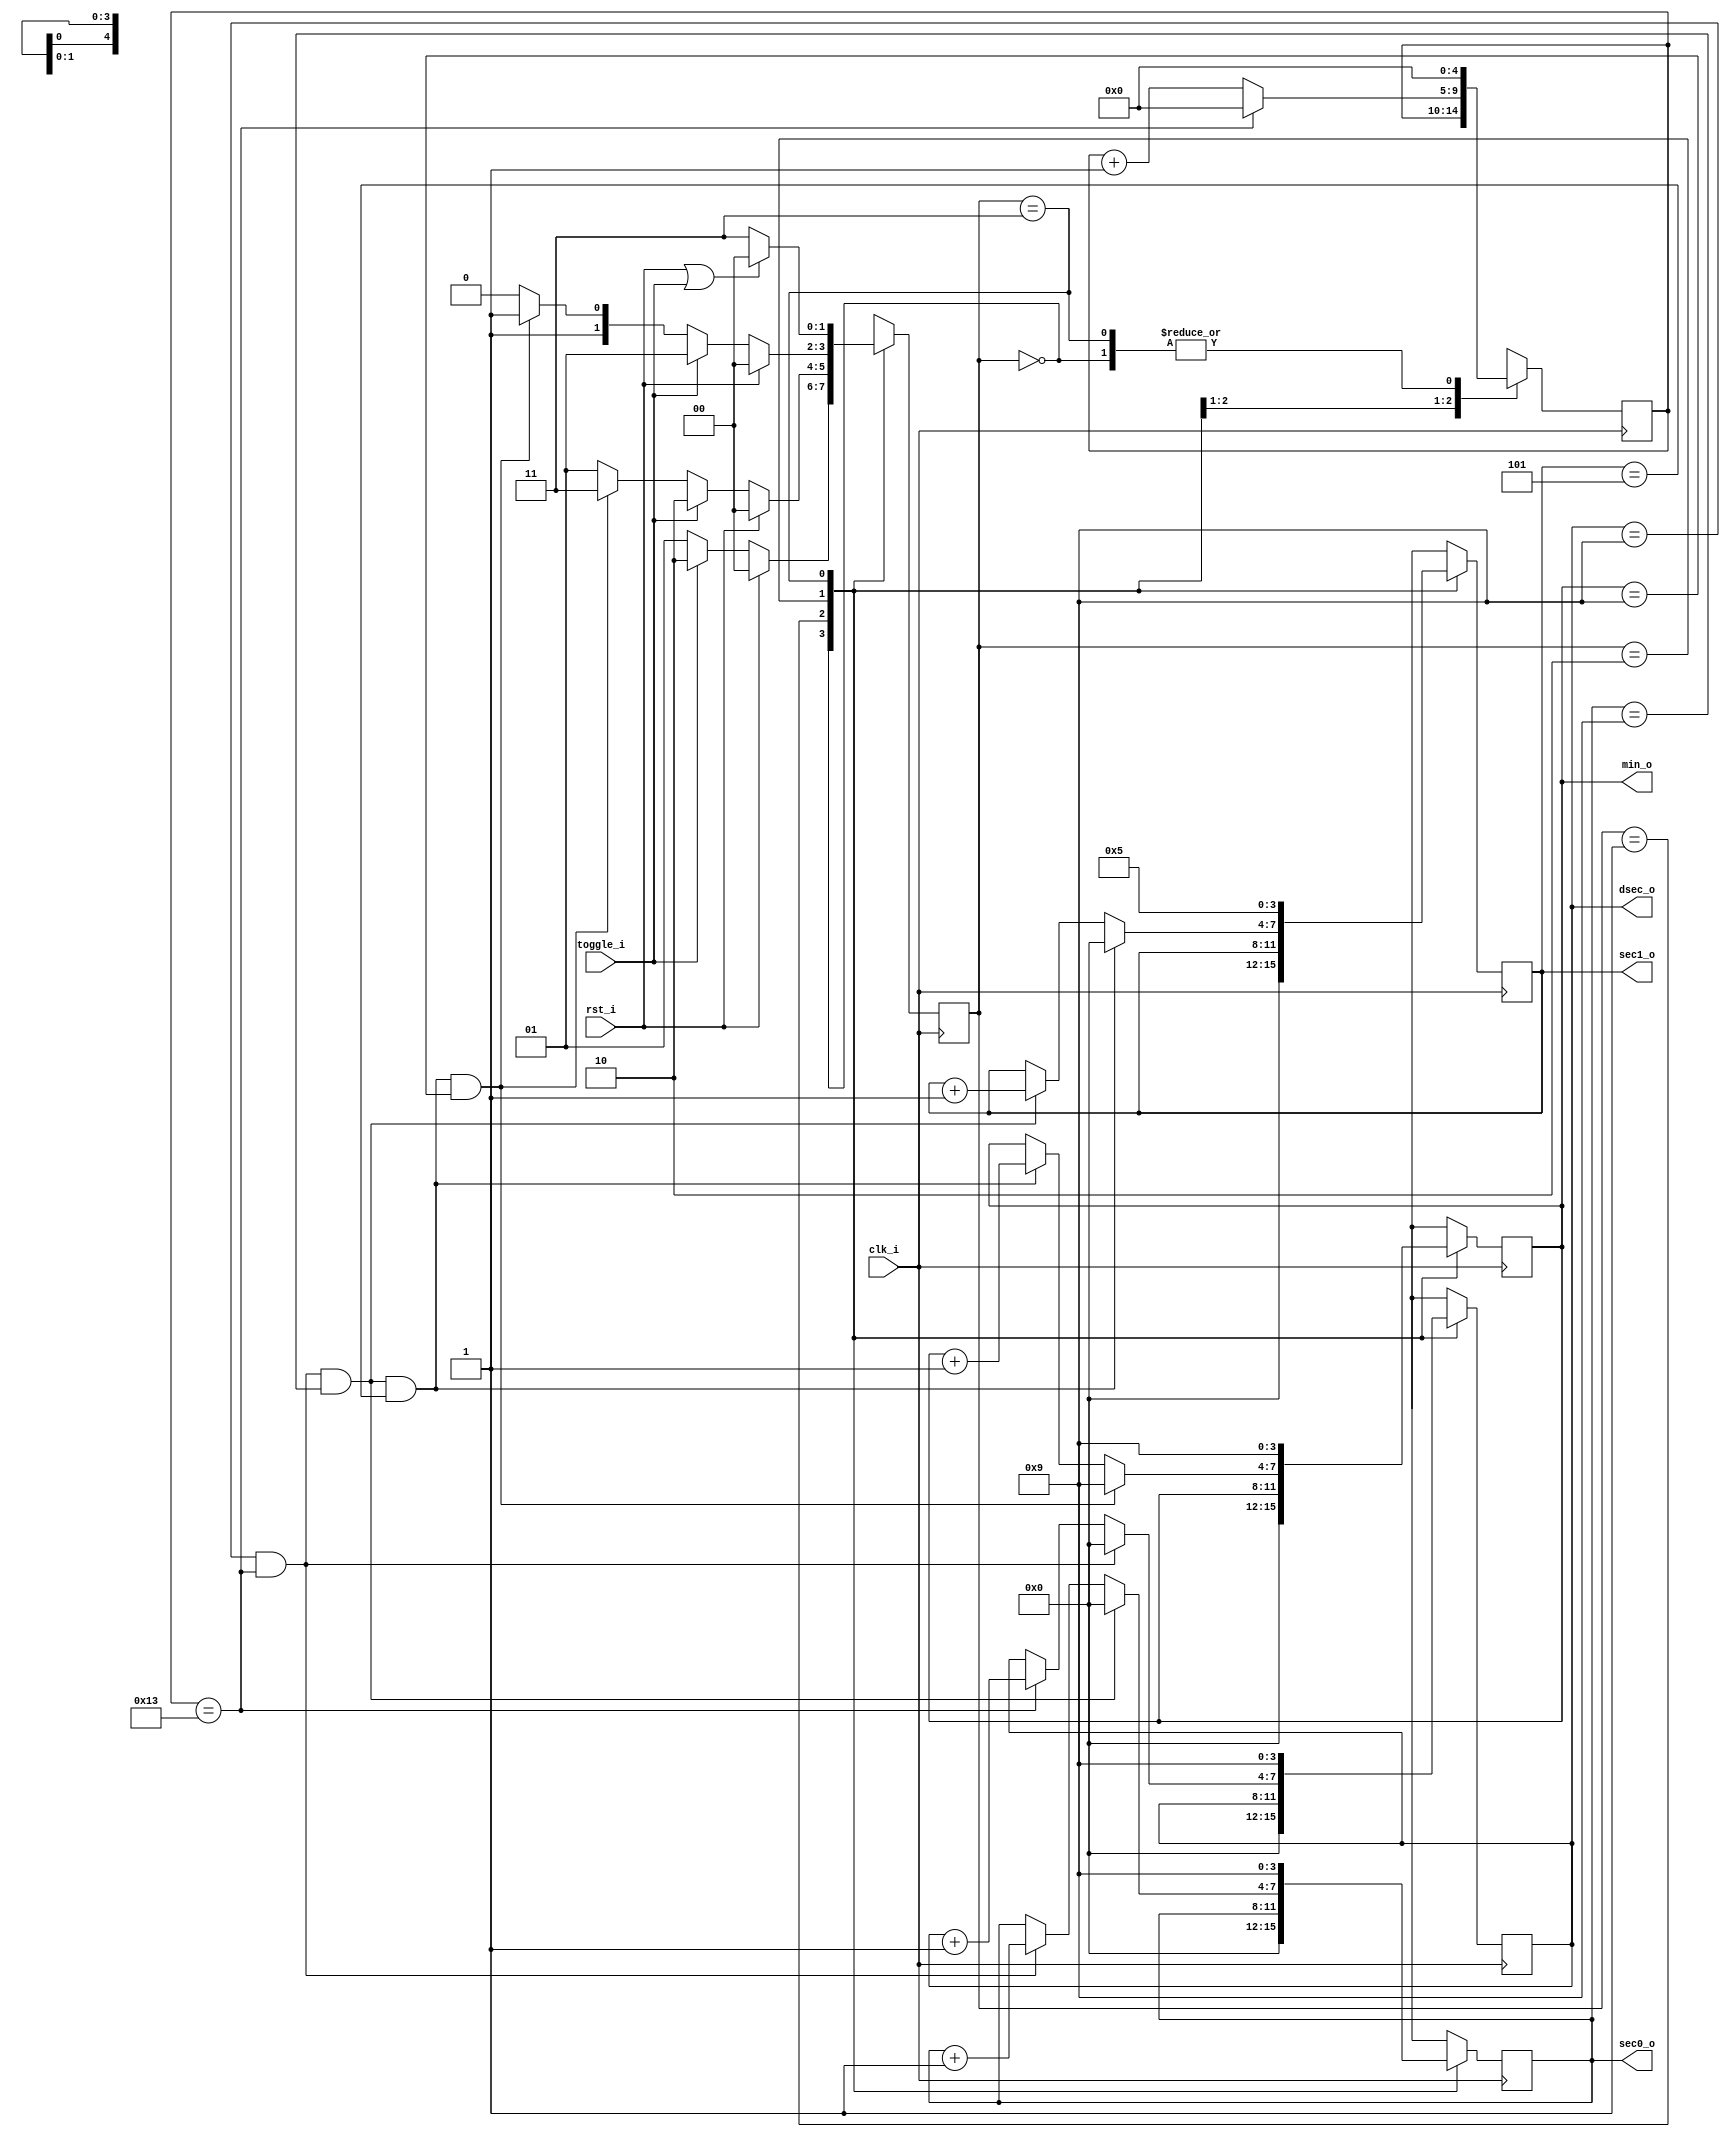
`timescale 1ns / 1ps
//////////////////////////////////////////////////////////////////////////////////
// Company:
// Engineer:
//
// Design Name:
// Module Name:    controller
// Project Name:
// Target Devices:
// Tool versions:
// Description:
//
// Dependencies:
//
// Revision:
// Revision 0.01 - File Created
// Additional Comments:
//
//////////////////////////////////////////////////////////////////////////////////
module controller(
    input rst_i,
    input toggle_i,
    input clk_i,        // 5ms
    output [3:0] dsec_o,
    output [3:0] sec0_o,
    output [3:0] sec1_o,
    output [3:0] min_o
    );

    parameter RESET = 0, STOP = 1, RUN = 2, OVERFLOW = 3;
    parameter BASE = 20; // 100ms

    reg [3:0] dsec_reg;
    reg [3:0] sec0_reg;
    reg [3:0] sec1_reg;
    reg [3:0] min_reg;
    reg [1:0] current_state, next_state;

    wire overflow;

    initial
    begin
        current_state <= RESET;
    end

    always@(posedge clk_i)
    begin
        current_state <= next_state;
    end

    always@(current_state or rst_i or toggle_i or overflow)
    begin
        case(current_state)
        RESET:
        begin
            if(rst_i)
                next_state <= RESET;
            else if(toggle_i)
                next_state <= RUN;
            else
                next_state <= STOP;
        end
        STOP:
        begin
            if(rst_i)
                next_state <= RESET;
            else if(toggle_i)
                next_state <= RUN;
            else if(overflow)
                next_state <= OVERFLOW;
            else
                next_state <= STOP;
        end
        RUN:
        begin
            if(rst_i)
                next_state <= RESET;
            else if(toggle_i)
                next_state <= STOP;
            else if(overflow)
                next_state <= OVERFLOW;
            else
                next_state <= RUN;
        end
        OVERFLOW:
        begin
            if(rst_i || toggle_i)
                next_state <= RESET;
            else
                next_state <= OVERFLOW;
        end
        default:
            next_state <= RESET;
        endcase
    end

    reg [4:0] basecnt; // see also BASE
    always@(posedge clk_i)
    begin
        case(current_state)
        RESET:
            basecnt <= 0;
        STOP:
            basecnt <= basecnt;
        RUN:
        begin
            if(basecnt == (BASE-1))
                basecnt <= 0;
            else
                basecnt <= basecnt + 1;
        end
        OVERFLOW:
            basecnt <= 0;
        endcase
    end

    wire carry_dsec; // 0.1s
    assign carry_dsec = ((dsec_reg == 9) && (basecnt == (BASE-1)));
    always@(posedge clk_i)
    begin
        case(current_state)
        RESET:
            dsec_reg <= 0;
        STOP:
            dsec_reg <= dsec_reg;
        RUN:
        begin
            if(carry_dsec)
                dsec_reg <= 0;
            else if(basecnt == (BASE-1))
                dsec_reg <= dsec_reg + 1;
            else
                dsec_reg <= dsec_reg;
        end
        OVERFLOW:
            dsec_reg <= 9;
        endcase
    end

    wire carry_sec0; // 1s
    assign carry_sec0 = (carry_dsec && (sec0_reg == 9));
    always@(posedge clk_i)
    begin
        case(current_state)
        RESET:
            sec0_reg <= 0;
        STOP:
            sec0_reg <= sec0_reg;
        RUN:
        begin
            if(carry_sec0)
                sec0_reg <= 0;
            else if(carry_dsec)
                sec0_reg <= sec0_reg + 1;
            else
                sec0_reg <= sec0_reg;
        end
        OVERFLOW:
            sec0_reg <= 9;
        endcase
    end

    wire carry_sec1; // 10s
    assign carry_sec1 = (carry_sec0 && (sec1_reg == 5));
    always@(posedge clk_i)
    begin
        case(current_state)
        RESET:
            sec1_reg <= 0;
        STOP:
            sec1_reg <= sec1_reg;
        RUN:
        begin
            if(carry_sec1)
                sec1_reg <= 0;
            else if(carry_sec0)
                sec1_reg <= sec1_reg + 1;
            else
                sec1_reg <= sec1_reg;
        end
        OVERFLOW:
            sec1_reg <= 5;
        endcase
    end

    // min
    assign overflow = (carry_sec1 && (min_reg == 9));
    always@(posedge clk_i)
    begin
        case(current_state)
        RESET:
            min_reg <= 0;
        STOP:
            min_reg <= min_reg;
        RUN:
        begin
            if(overflow)
                min_reg <= 9; // hold on
            else if(carry_sec1)
                min_reg <= min_reg + 1;
            else
                min_reg <= min_reg;
        end
        OVERFLOW:
            min_reg <= 9;
        endcase
    end

    assign dsec_o = dsec_reg;
    assign sec0_o = sec0_reg;
    assign sec1_o = sec1_reg;
    assign min_o  = min_reg;

endmodule